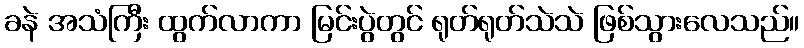
ခနဲ အသံကြီး ထွက်လာကာ မြင်းပွဲတွင် ရုတ်ရုတ်သဲသဲ ဖြစ်သွားလေသည်။